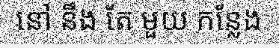
នៅ នឹង តែ មួយ កន្លែង